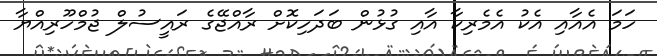
ހަމަ އެއާއި އެކު އެމެރިކާ އާއި ގުޅުން ބަދަހިކޮށް ރާއްޖޭގެ ރައީސުލް ޖުމްހޫރިއްޔާ